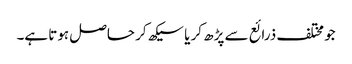
جو مختلف ذرائع سے پڑھ کر یا سیکھ کر حاصل ہوتا ہے۔